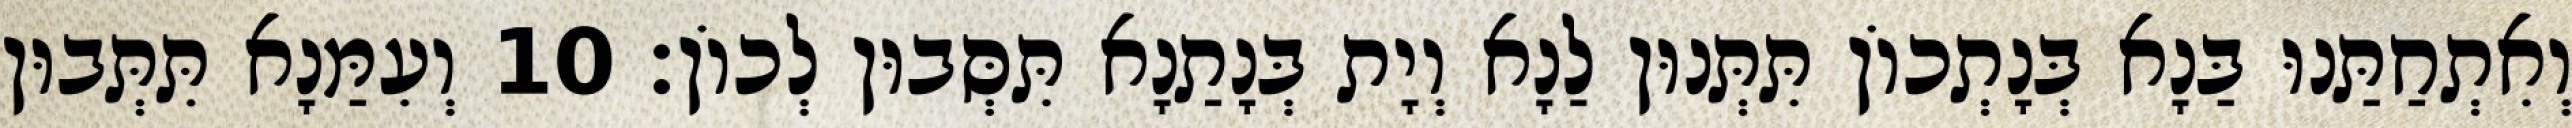
וְאִתְחַתַּנוּ בַּנָא בְּנָתְכוֹן תִּתְּנוּן לַנָא וְיָת בְּנָתַנָא תִּסְּבוּן לְכוֹן׃ 10 וְעִמַּנָא תִּתְּבוּן